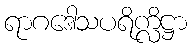
ရာဂဒေါသပရိက္လိဋ္ဌာ